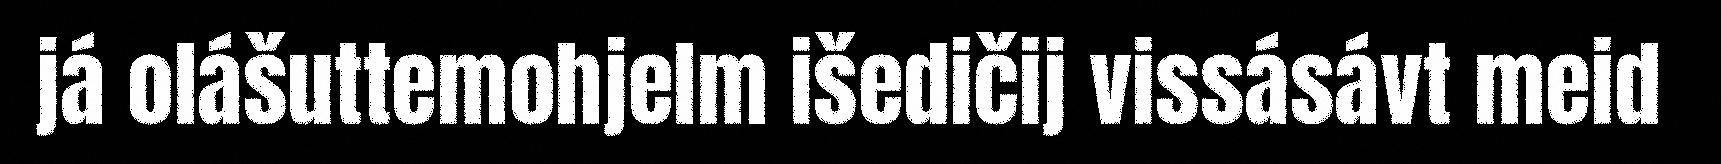
já olášuttemohjelm išedičij vissásávt meid